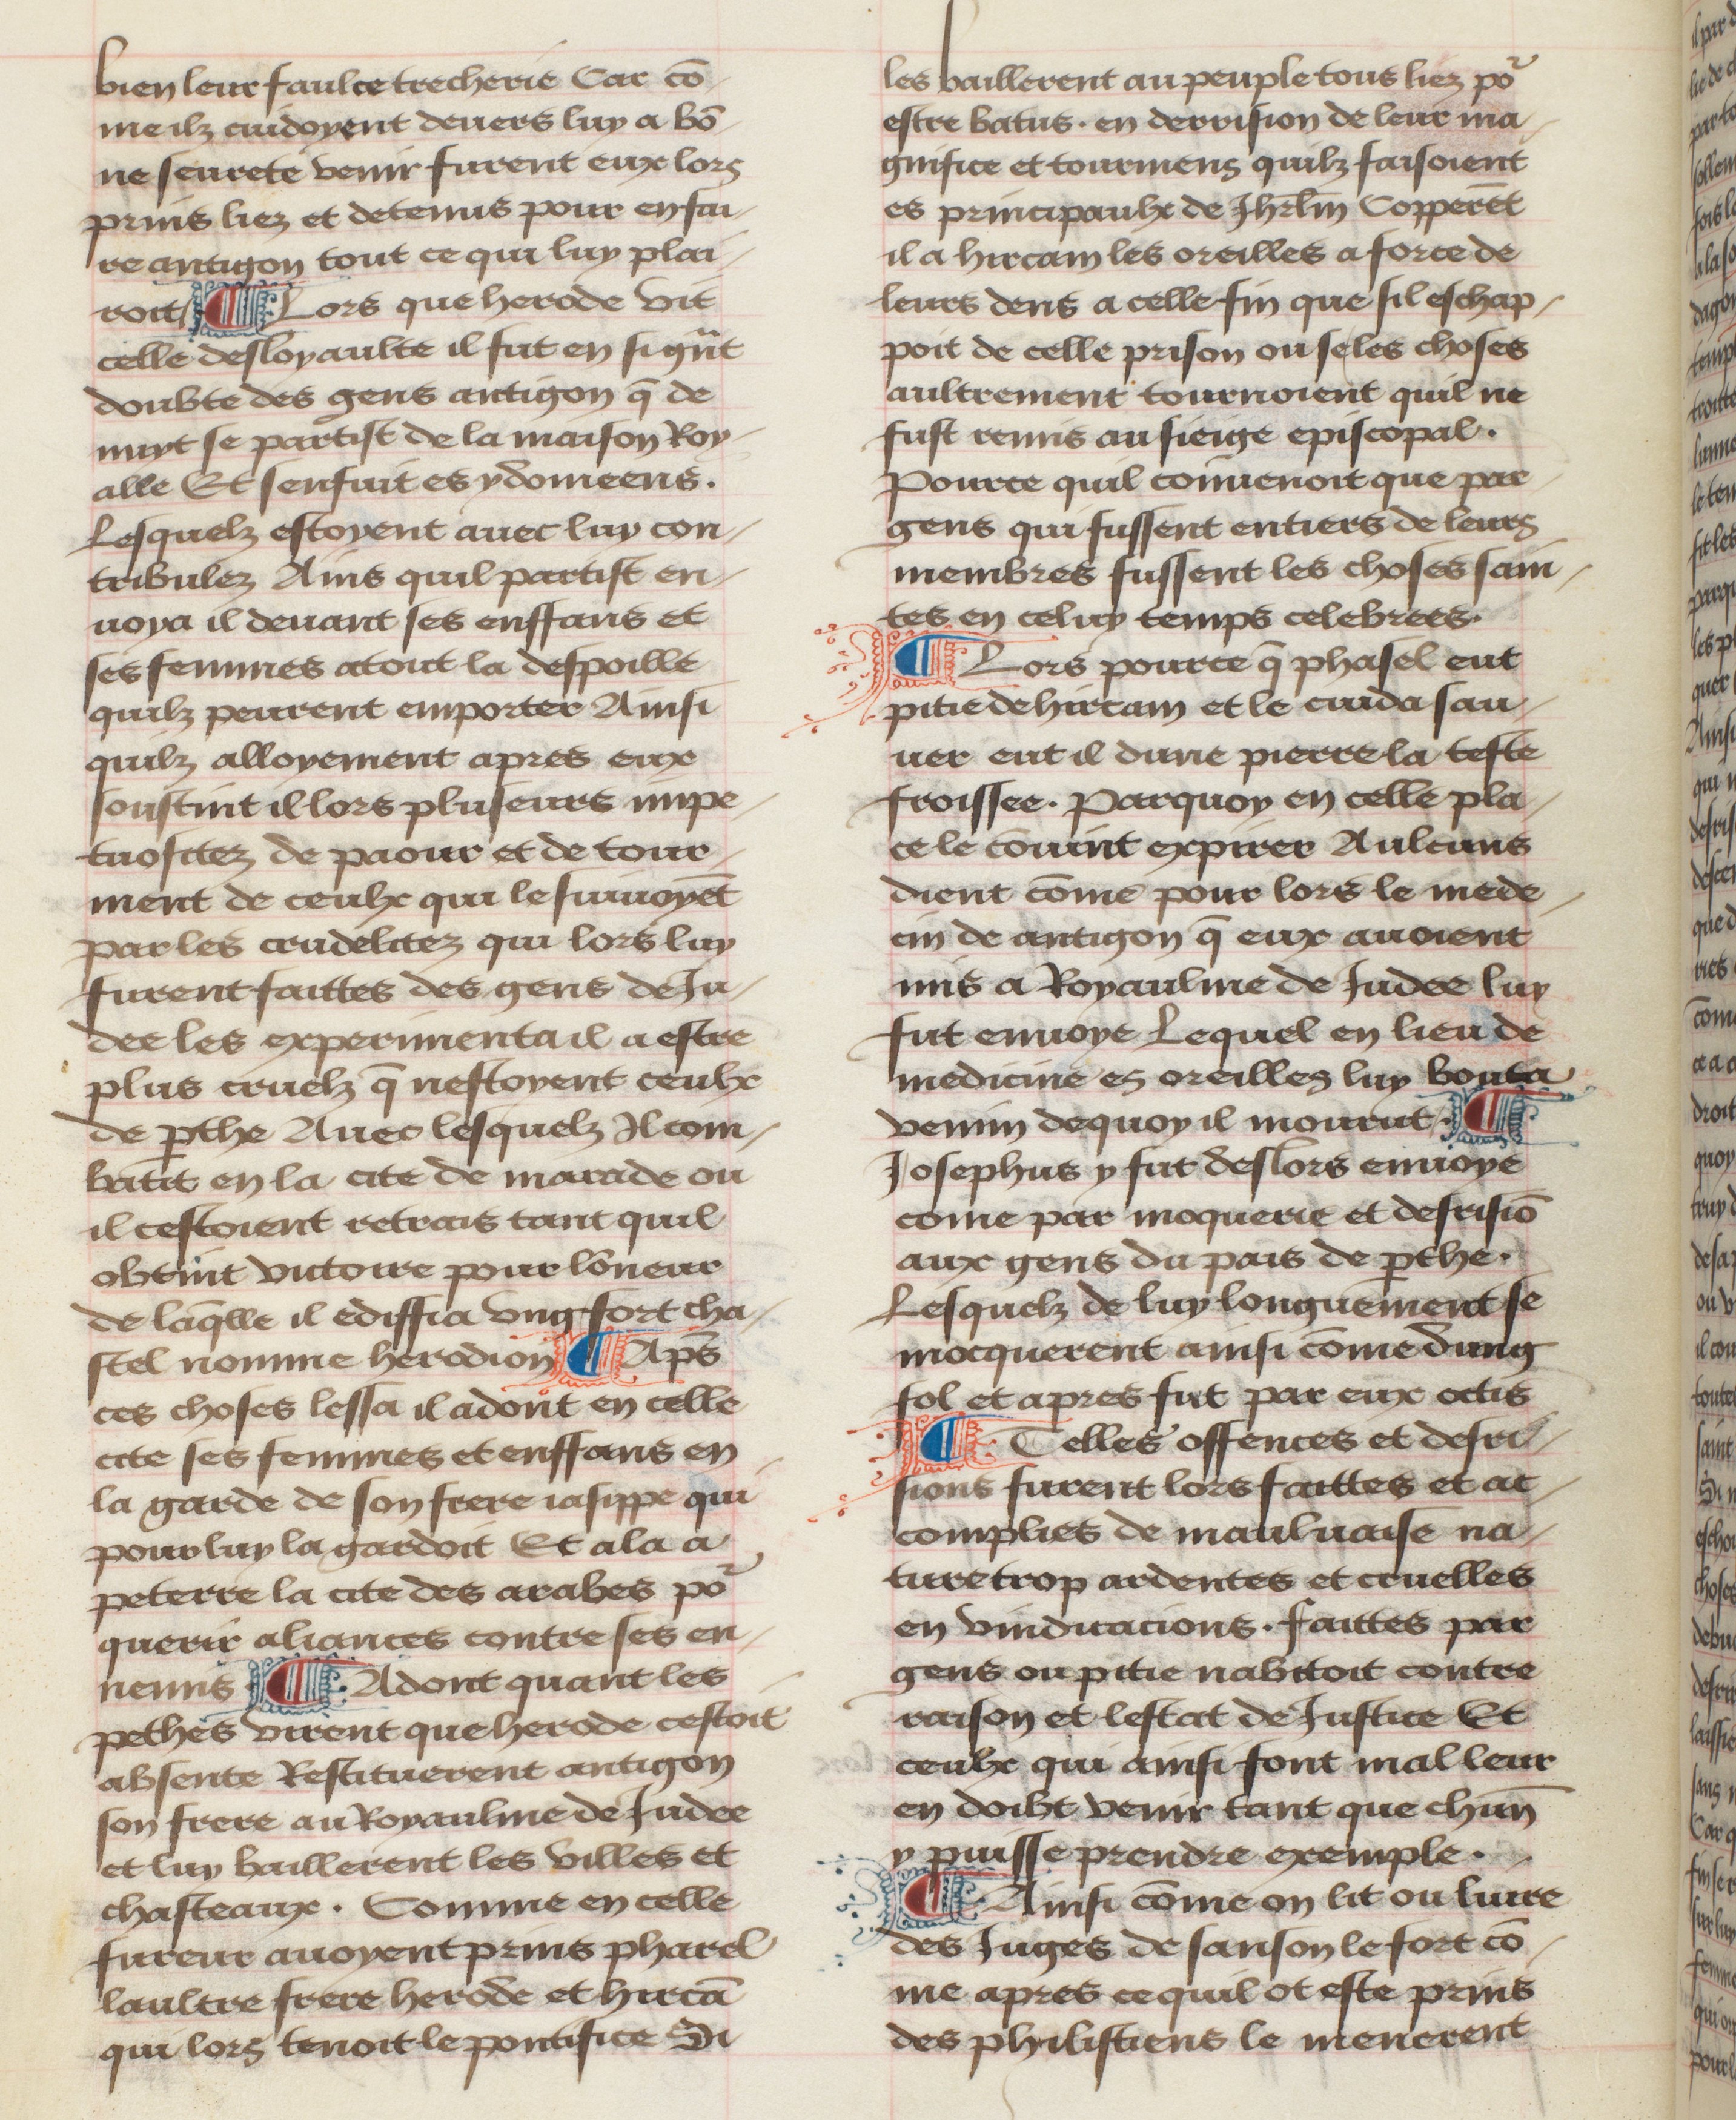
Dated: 1457–1482